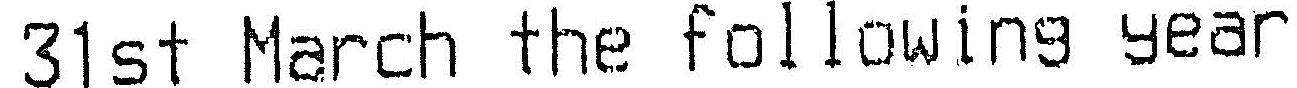
31ST MARCH THE FOLLOWING YEAR